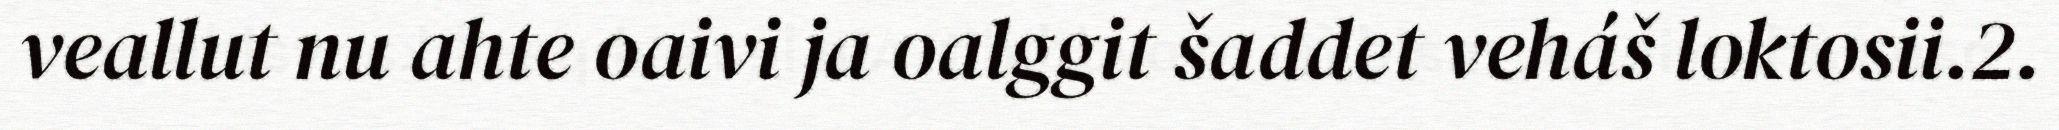
veallut nu ahte oaivi ja oalggit šaddet veháš loktosii.2.